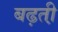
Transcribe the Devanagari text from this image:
बढ़ती़